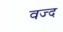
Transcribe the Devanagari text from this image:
वज्द